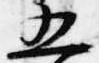
五